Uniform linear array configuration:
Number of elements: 4
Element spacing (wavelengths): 0.25
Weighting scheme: cosine
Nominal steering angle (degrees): -60
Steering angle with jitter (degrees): -61.054
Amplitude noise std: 0.05
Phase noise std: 0.05

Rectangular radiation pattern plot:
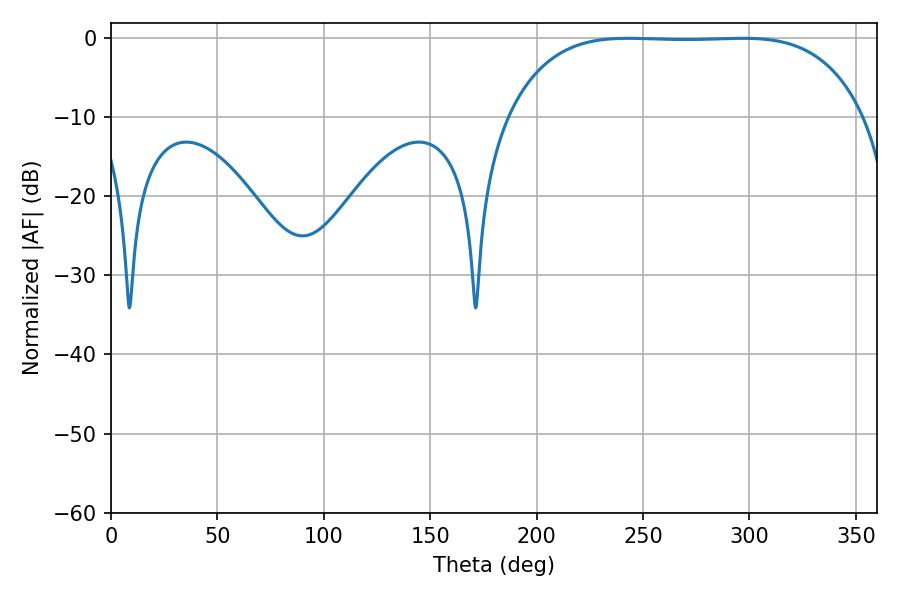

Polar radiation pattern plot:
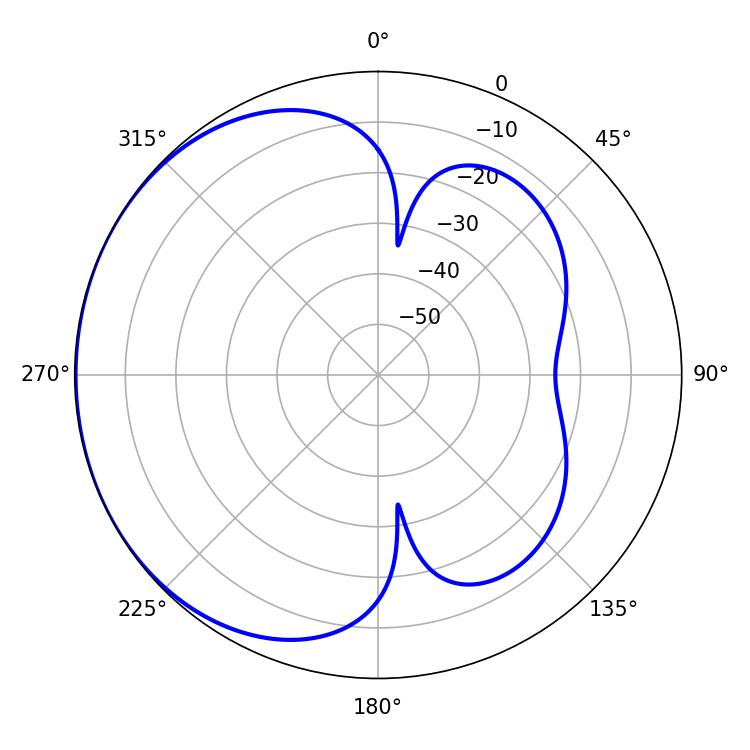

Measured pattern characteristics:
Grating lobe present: FALSE
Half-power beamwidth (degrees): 129.6
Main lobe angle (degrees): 243